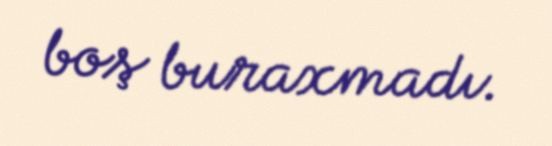
boş buraxmadı.